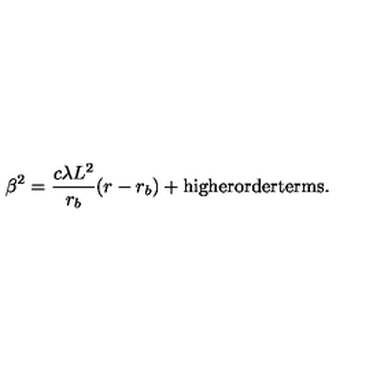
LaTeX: \beta ^ { 2 } = \frac { c \lambda L ^ { 2 } } { r _ { b } } ( r - r _ { b } ) + \mathrm { h i g h e r o r d e r t e r m s } .